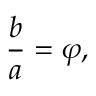
{ \frac { b } { a } } = \varphi ,